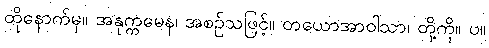
ထိုနောက်မှ။ အနုက္ကမေန၊ အစဉ်သဖြင့်။ တယောအာဝါသာ၊ တို့ကို။ ပ။